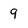
Character: 9